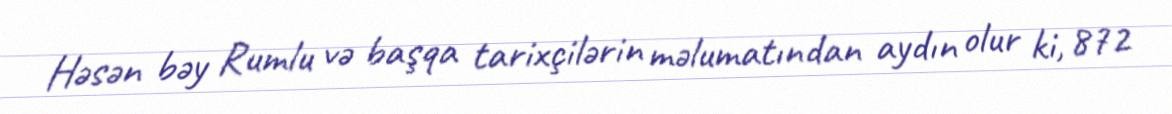
Həsən bəy Rumlu və başqa tarixçilərin məlumatından aydın olur ki, 872